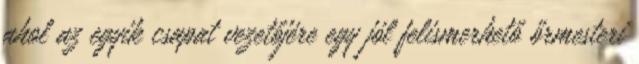
ahol az egyik csapat vezetőjére egy jól felismerhető őrmesteri